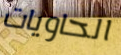
الحاويات